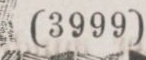
(3999)